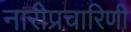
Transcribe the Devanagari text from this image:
नारीप्रचारिणी